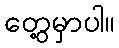
တွေ့မှာပါ။